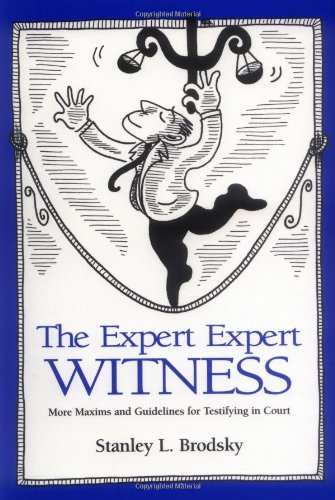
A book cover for The Expert Expert Witness: More Maxims and Guidelines for Testifying in Court; Stanley L. Brodsky; Law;